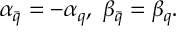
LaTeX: \alpha _ { \bar { q } } = - \alpha _ { q } , \ \beta _ { \bar { q } } = \beta _ { q } .